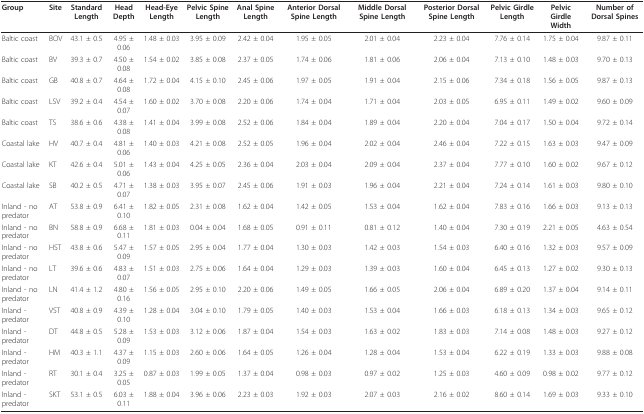
<table><thead><tr><td><b>Group</b></td><td><b>Site</b></td><td><b>Standard Length</b></td><td><b>Head Depth</b></td><td><b>Head-Eye Length</b></td><td><b>Pelvic Spine Length</b></td><td><b>Anal Spine Length</b></td><td><b>Anterior Dorsal Spine Length</b></td><td><b>Middle Dorsal Spine Length</b></td><td><b>Posterior Dorsal Spine Length</b></td><td><b>Pelvic Girdle Length</b></td><td><b>Pelvic Girdle Width</b></td><td><b>Number of Dorsal Spines</b></td></tr></thead><tbody><tr><td>Baltic coast</td><td>BOV</td><td>43.1 ± 0.5</td><td>4.95 ± 0.06</td><td>1.48 ± 0.03</td><td>3.95 ± 0.09</td><td>2.42 ± 0.04</td><td>1.95 ± 0.05</td><td>2.01 ± 0.04</td><td>2.23 ± 0.04</td><td>7.76 ± 0.14</td><td>1.75 ± 0.04</td><td>9.87 ± 0.11</td></tr><tr><td>Baltic coast</td><td>BV</td><td>39.3 ± 0.7</td><td>4.50 ± 0.08</td><td>1.54 ± 0.02</td><td>3.85 ± 0.08</td><td>2.37 ± 0.05</td><td>1.74 ± 0.06</td><td>1.81 ± 0.06</td><td>2.06 ± 0.04</td><td>7.13 ± 0.10</td><td>1.48 ± 0.03</td><td>9.70 ± 0.13</td></tr><tr><td>Baltic coast</td><td>GB</td><td>40.8 ± 0.7</td><td>4.64 ± 0.08</td><td>1.72 ± 0.04</td><td>4.15 ± 0.10</td><td>2.45 ± 0.06</td><td>1.97 ± 0.05</td><td>1.91 ± 0.04</td><td>2.15 ± 0.06</td><td>7.34 ± 0.18</td><td>1.56 ± 0.05</td><td>9.87 ± 0.13</td></tr><tr><td>Baltic coast</td><td>LSV</td><td>39.2 ± 0.4</td><td>4.54 ± 0.07</td><td>1.60 ± 0.02</td><td>3.70 ± 0.08</td><td>2.20 ± 0.06</td><td>1.74 ± 0.04</td><td>1.71 ± 0.04</td><td>2.03 ± 0.05</td><td>6.95 ± 0.11</td><td>1.49 ± 0.02</td><td>9.60 ± 0.09</td></tr><tr><td>Baltic coast</td><td>TS</td><td>38.6 ± 0.6</td><td>4.38 ± 0.08</td><td>1.41 ± 0.04</td><td>3.99 ± 0.08</td><td>2.52 ± 0.06</td><td>1.84 ± 0.04</td><td>1.89 ± 0.04</td><td>2.20 ± 0.04</td><td>7.04 ± 0.17</td><td>1.50 ± 0.04</td><td>9.72 ± 0.14</td></tr><tr><td>Coastal lake</td><td>HV</td><td>40.7 ± 0.4</td><td>4.81 ± 0.06</td><td>1.40 ± 0.03</td><td>4.21 ± 0.08</td><td>2.52 ± 0.05</td><td>1.96 ± 0.04</td><td>2.02 ± 0.04</td><td>2.46 ± 0.04</td><td>7.22 ± 0.15</td><td>1.63 ± 0.03</td><td>9.47 ± 0.09</td></tr><tr><td>Coastal lake</td><td>KT</td><td>42.6 ± 0.4</td><td>5.01 ± 0.06</td><td>1.43 ± 0.04</td><td>4.25 ± 0.05</td><td>2.36 ± 0.04</td><td>2.03 ± 0.04</td><td>2.09 ± 0.04</td><td>2.37 ± 0.04</td><td>7.77 ± 0.10</td><td>1.60 ± 0.02</td><td>9.67 ± 0.12</td></tr><tr><td>Coastal lake</td><td>SB</td><td>40.2 ± 0.5</td><td>4.71 ± 0.07</td><td>1.38 ± 0.03</td><td>3.95 ± 0.07</td><td>2.45 ± 0.06</td><td>1.91 ± 0.03</td><td>1.96 ± 0.04</td><td>2.21 ± 0.04</td><td>7.24 ± 0.14</td><td>1.61 ± 0.03</td><td>9.80 ± 0.10</td></tr><tr><td>Inland - no predator</td><td>AT</td><td>53.8 ± 0.9</td><td>6.41 ± 0.10</td><td>1.82 ± 0.05</td><td>2.31 ± 0.08</td><td>1.62 ± 0.04</td><td>1.42 ± 0.05</td><td>1.53 ± 0.04</td><td>1.62 ± 0.04</td><td>7.83 ± 0.16</td><td>1.66 ± 0.03</td><td>9.13 ± 0.13</td></tr><tr><td>Inland - no predator</td><td>BN</td><td>58.8 ± 0.9</td><td>6.68 ± 0.11</td><td>1.81 ± 0.03</td><td>0.04 ± 0.04</td><td>1.68 ± 0.05</td><td>0.91 ± 0.11</td><td>0.81 ± 0.12</td><td>1.40 ± 0.04</td><td>7.30 ± 0.19</td><td>2.21 ± 0.05</td><td>4.63 ± 0.54</td></tr><tr><td>Inland - no predator</td><td>HST</td><td>43.8 ± 0.6</td><td>5.47 ± 0.09</td><td>1.57 ± 0.05</td><td>2.95 ± 0.04</td><td>1.77 ± 0.04</td><td>1.30 ± 0.03</td><td>1.42 ± 0.03</td><td>1.54 ± 0.03</td><td>6.40 ± 0.16</td><td>1.32 ± 0.03</td><td>9.57 ± 0.09</td></tr><tr><td>Inland - no predator</td><td>LT</td><td>39.6 ± 0.6</td><td>4.83 ± 0.07</td><td>1.51 ± 0.03</td><td>2.75 ± 0.06</td><td>1.64 ± 0.04</td><td>1.29 ± 0.03</td><td>1.39 ± 0.03</td><td>1.60 ± 0.04</td><td>6.45 ± 0.13</td><td>1.27 ± 0.02</td><td>9.30 ± 0.13</td></tr><tr><td>Inland - no predator</td><td>LN</td><td>41.4 ± 1.2</td><td>4.80 ± 0.16</td><td>1.56 ± 0.05</td><td>2.95 ± 0.10</td><td>2.20 ± 0.06</td><td>1.49 ± 0.05</td><td>1.66 ± 0.05</td><td>2.06 ± 0.04</td><td>6.89 ± 0.20</td><td>1.37 ± 0.04</td><td>9.14 ± 0.11</td></tr><tr><td>Inland - predator</td><td>VST</td><td>40.8 ± 0.9</td><td>4.39 ± 0.10</td><td>1.28 ± 0.04</td><td>3.04 ± 0.10</td><td>1.79 ± 0.05</td><td>1.40 ± 0.03</td><td>1.53 ± 0.04</td><td>1.66 ± 0.03</td><td>6.18 ± 0.13</td><td>1.34 ± 0.03</td><td>9.65 ± 0.12</td></tr><tr><td>Inland - predator</td><td>DT</td><td>44.8 ± 0.5</td><td>5.28 ± 0.09</td><td>1.53 ± 0.03</td><td>3.12 ± 0.06</td><td>1.87 ± 0.04</td><td>1.54 ± 0.03</td><td>1.63 ± 0.02</td><td>1.83 ± 0.03</td><td>7.14 ± 0.08</td><td>1.48 ± 0.03</td><td>9.27 ± 0.12</td></tr><tr><td>Inland - predator</td><td>HM</td><td>40.3 ± 1.1</td><td>4.37 ± 0.09</td><td>1.15 ± 0.03</td><td>2.60 ± 0.06</td><td>1.64 ± 0.05</td><td>1.26 ± 0.04</td><td>1.28 ± 0.04</td><td>1.53 ± 0.04</td><td>6.22 ± 0.19</td><td>1.33 ± 0.03</td><td>9.88 ± 0.08</td></tr><tr><td>Inland - predator</td><td>RT</td><td>30.1 ± 0.4</td><td>3.25 ± 0.05</td><td>0.87 ± 0.03</td><td>1.99 ± 0.05</td><td>1.37 ± 0.04</td><td>0.98 ± 0.03</td><td>0.97 ± 0.02</td><td>1.25 ± 0.03</td><td>4.60 ± 0.09</td><td>0.98 ± 0.02</td><td>9.77 ± 0.12</td></tr><tr><td>Inland - predator</td><td>SKT</td><td>53.1 ± 0.5</td><td>6.03 ± 0.11</td><td>1.88 ± 0.04</td><td>3.96 ± 0.06</td><td>2.23 ± 0.03</td><td>1.92 ± 0.03</td><td>2.07 ± 0.03</td><td>2.16 ± 0.02</td><td>8.60 ± 0.14</td><td>1.69 ± 0.03</td><td>9.33 ± 0.10</td></tr></tbody></table>